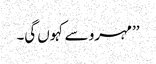
’’مہرو سے کہوں گی۔